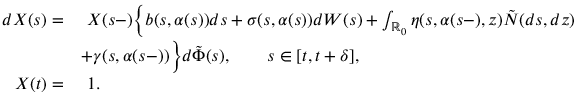
\begin{array} { r l } { d X ( s ) = } & { \ X ( s - ) \biggl \{ b ( s , \alpha ( s ) ) d s + \sigma ( s , \alpha ( s ) ) d W ( s ) + \int _ { \mathbb { R } _ { 0 } } \eta ( s , \alpha ( s - ) , z ) \tilde { N } ( d s , d z ) } \\ & { + \gamma ( s , \alpha ( s - ) ) \biggr \} d \tilde { \Phi } ( s ) , \qquad s \in [ t , t + \delta ] , } \\ { X ( t ) = } & { \ 1 . } \end{array}